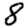
Digit: 8